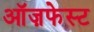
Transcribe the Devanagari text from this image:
ऑज़फेस्ट